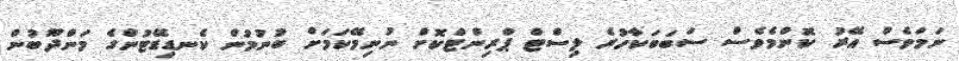
ނަމަވެސް އޭރު ކޮންމެވެސް ސަބަބަކާހުރެ ލިސްޓް ޕްރިންޓްކޮށް ނުނިމޭކަމަށް ބުނުމުން ކެނޑިޑޭޓުންގެ މަންދޫބުން